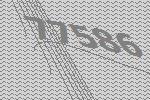
77586